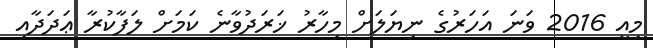
މިއީ 2016 ވަނަ އަހަރުގެ ނިޔަލަށް މިހާރު ޚަރަދުވާނެ ކަމަށް ލަފާކުރާ ޢަދަދާއި